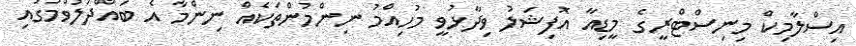
އިސްލާމިކް މިނިސްޓްރީގެ މީޑިއާ އޮފިޝަލު ވިދާޅުވީ މުހިއްމު ނިންމުންތަކެއް ނިންމާ އެ ބައްދަލުވުމުގައި